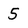
Character: 5